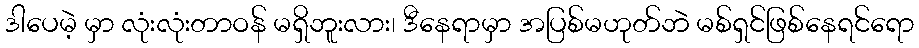
ဒါပေမဲ့ မှာ လုံးလုံးတာဝန် မရှိဘူးလား၊ ဒီနေရာမှာ အပြစ်မဟုတ်ဘဲ မစ်ရှင်ဖြစ်နေရင်ရော